Report on malaria in the Punjab during the year ...  together with an account of the work of the Punjab Malaria Bureau - Volume 4
Disease focus: Malaria
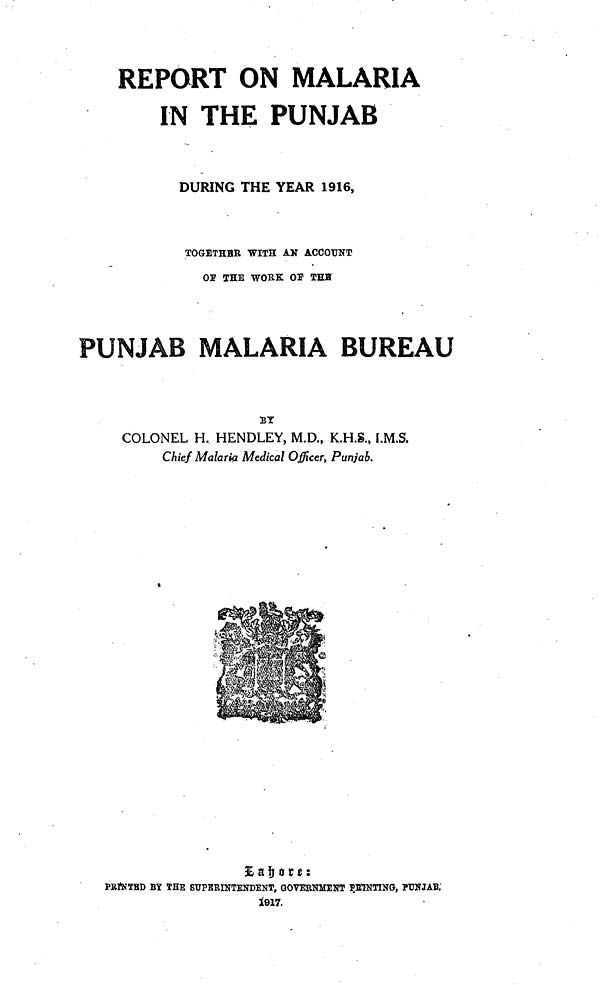
REPORT ON MALARIA
IN THE PUNJAB
DURING THE YEAR 1916,
TOGETHBR. WITH AN ACCOUNT
OF THE WORK OF THE
PUNJAB MALARIA BUREAU
BY
COLONEL H, HENDLEY, M.D., K.H.S., I.M.S.
Chief Malaria Medical Officer, Punjab,
PRINTED BY THE SUPERINTENDENT, GOVERNMENT PRINTING, PUNJAB.
1917.